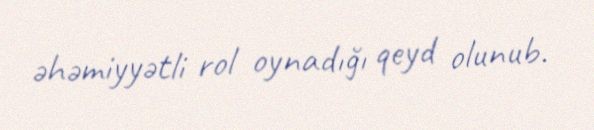
əhəmiyyətli rol oynadığı qeyd olunub.